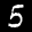
Label: 5